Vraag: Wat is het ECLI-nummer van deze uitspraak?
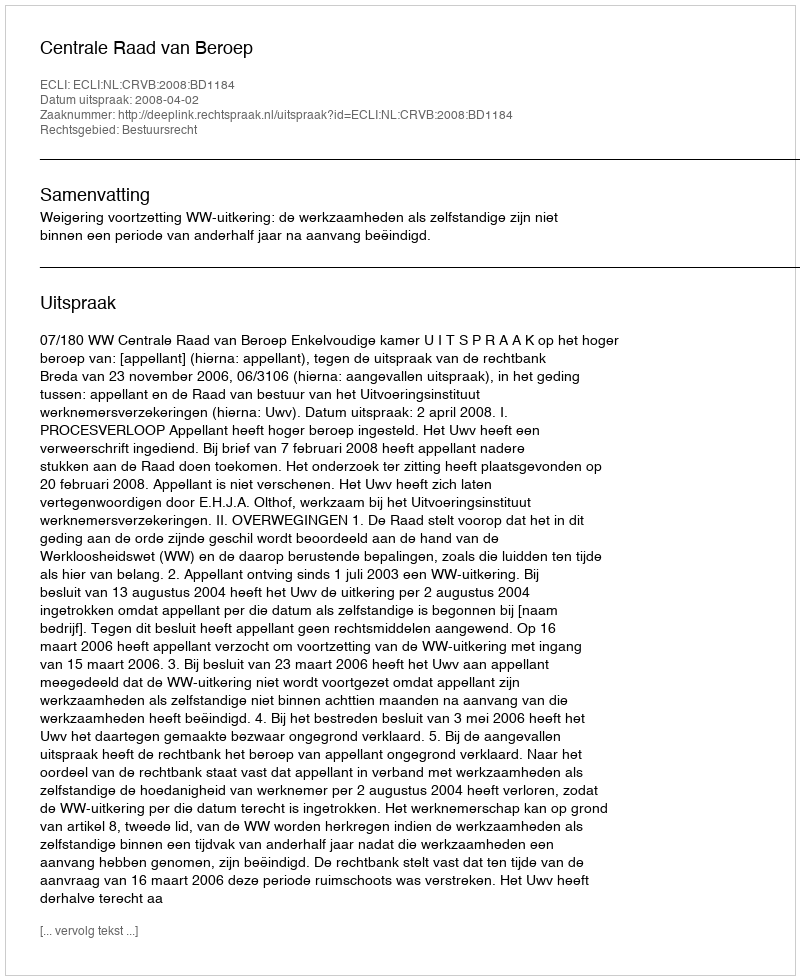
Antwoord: ECLI:NL:CRVB:2008:BD1184